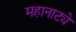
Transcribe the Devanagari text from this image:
महानाट्ये